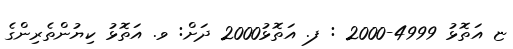
ޏ އަތޮޅު 4999-2000 : ފ. އަތޮޅު2000 ދަށް: ވ. އަތޮޅު ކިޔުންތެރިންގެ